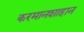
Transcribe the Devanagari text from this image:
करमानशाहान